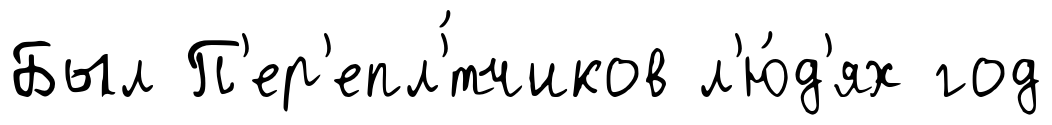
Был П'ер'епл'́тчиков л'ю́д'ях год